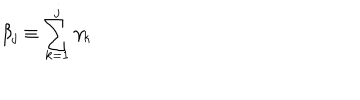
LaTeX: \beta _ { j } \equiv \sum _ { k = 1 } ^ { j } \gamma _ { k }